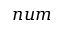
n u m